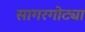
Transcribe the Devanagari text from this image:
सागरगोट्या